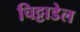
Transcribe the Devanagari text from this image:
चिट्टाडेल